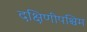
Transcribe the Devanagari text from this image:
दक्षिणीपश्चिम